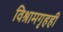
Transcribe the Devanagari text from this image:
विश्रामगृहही